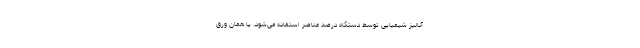
آنالیز شیمیایی توسط دستگاه درصد عناصر استفاده می‌شود. یا همان ورق